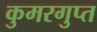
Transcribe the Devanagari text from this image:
कुमरगुप्त